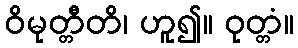
ဝိမုတ္တီတိ၊ ဟူ၍။ ဝုတ္တံ။